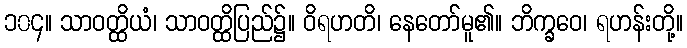
၁၀၄။ သာဝတ္ထိယံ၊ သာဝတ္ထိပြည်၌။ ဝိရဟတိ၊ နေတော်မူ၏။ ဘိက္ခဝေ၊ ရဟန်းတို့။